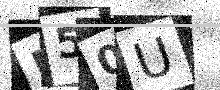
Text: F50U